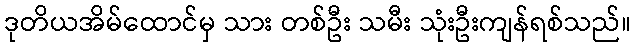
ဒုတိယအိမ်ထောင်မှ သား တစ်ဦး သမီး သုံးဦးကျန်ရစ်သည်။